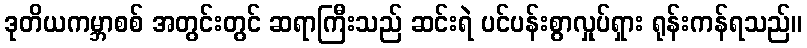
ဒုတိယကမ္ဘာစစ် အတွင်းတွင် ဆရာကြီးသည် ဆင်းရဲ ပင်ပန်းစွာလှုပ်ရှား ရုန်းကန်ရသည်။